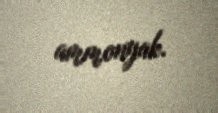
ammonyak.